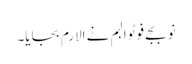
نو بجے فوٹو البم نے الارم بجایا۔